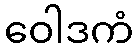
ဝေါဒကံ